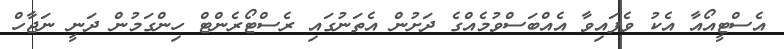
އެސްޓީއޯއާ އެކު ވެފައިވާ އެއްބަސްވުމެއްގެ ދަށުން އެތަނުގައި ރެސްޓޯރެންޓް ހިންގަމުން ދަނީ ނަޖާހް